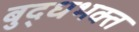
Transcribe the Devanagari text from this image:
बुद्धभक्त